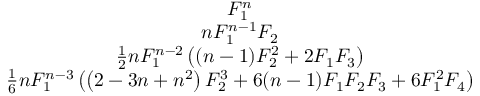
\begin{array} { c } { F _ { 1 } ^ { n } } \\ { n F _ { 1 } ^ { n - 1 } F _ { 2 } } \\ { \frac { 1 } { 2 } n F _ { 1 } ^ { n - 2 } \left( ( n - 1 ) F _ { 2 } ^ { 2 } + 2 F _ { 1 } F _ { 3 } \right) } \\ { \frac { 1 } { 6 } n F _ { 1 } ^ { n - 3 } \left( \left( 2 - 3 n + n ^ { 2 } \right) F _ { 2 } ^ { 3 } + 6 ( n - 1 ) F _ { 1 } F _ { 2 } F _ { 3 } + 6 F _ { 1 } ^ { 2 } F _ { 4 } \right) } \end{array}